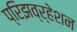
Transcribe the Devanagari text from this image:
प्रिझव्र्हेशन